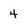
Character: 4